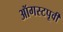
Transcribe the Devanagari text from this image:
ऑगस्टपूर्वी